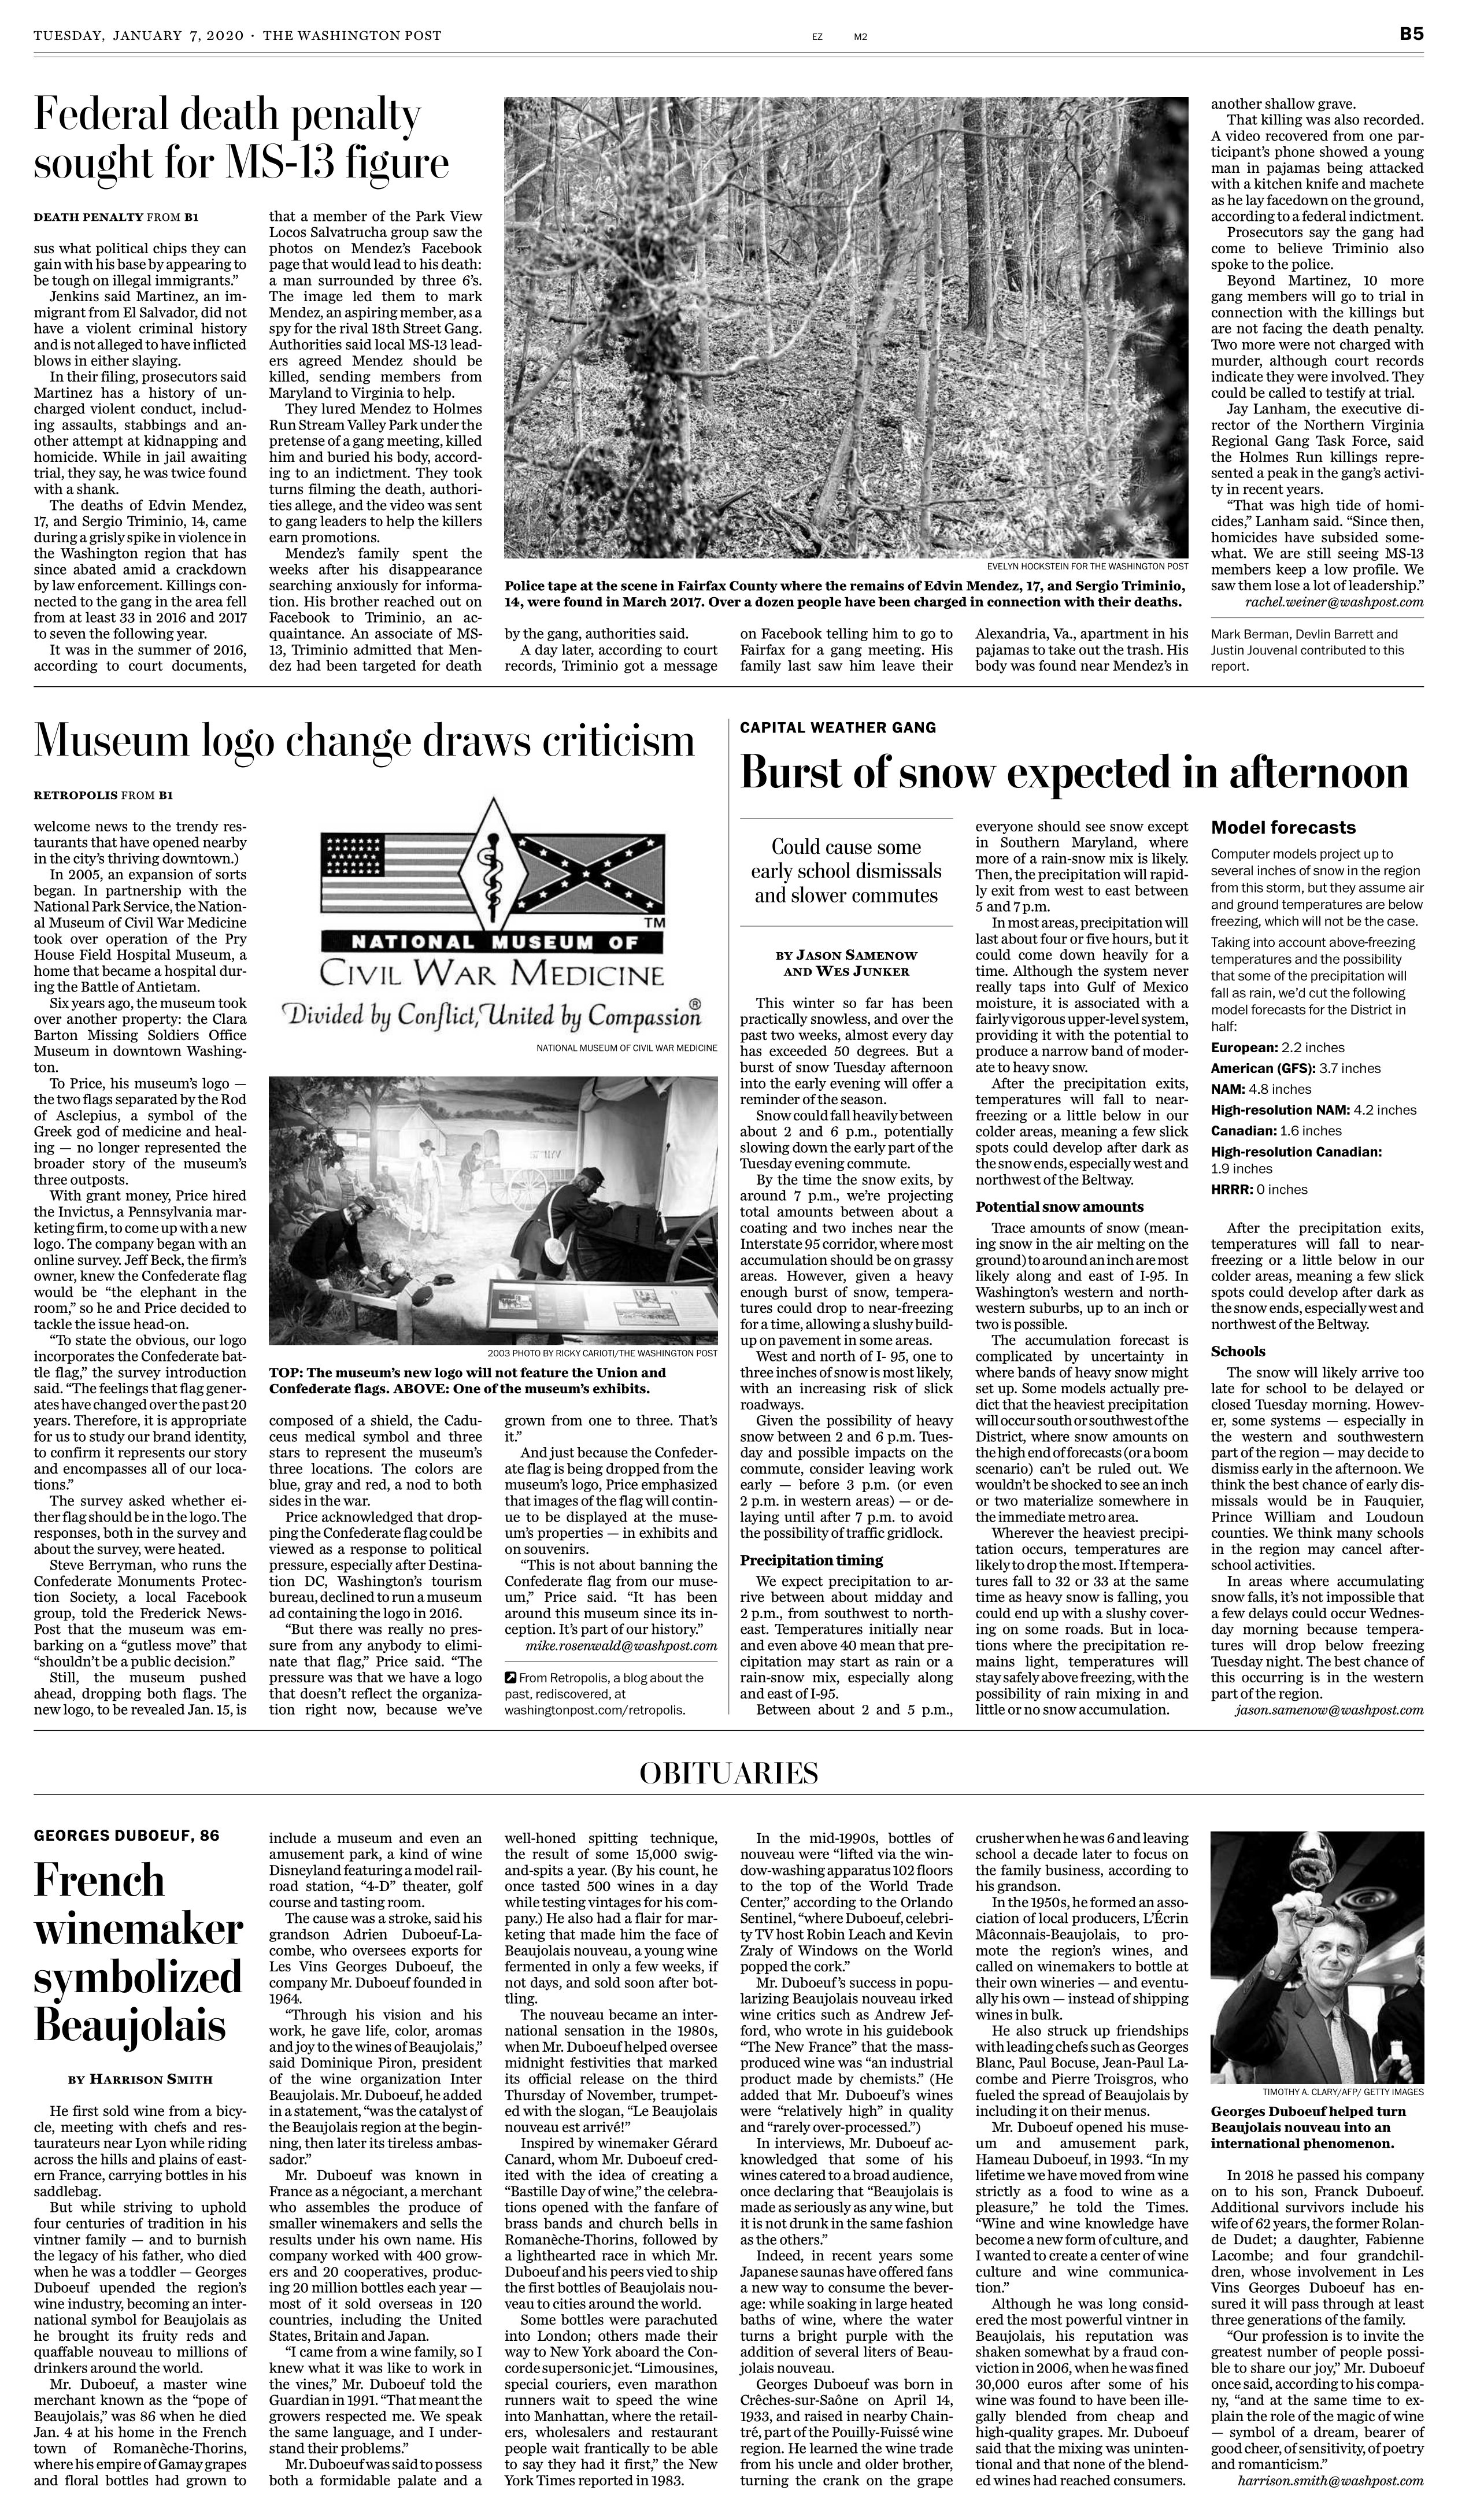
Language: en